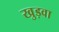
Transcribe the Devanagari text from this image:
खुड़वा